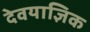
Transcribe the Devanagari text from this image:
देवयाज्ञिक